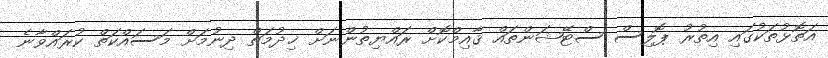
އަތޮޅުތަކުގައި އިތުރު ޕޮލިސް ސްޓޭޝަންތައް ޤާއިމްކޮށް ރައްޔިތުންނަށް ޚިދުމަތް ދިނުމަށް މަސައްކަތް ކުރައްވާނެ